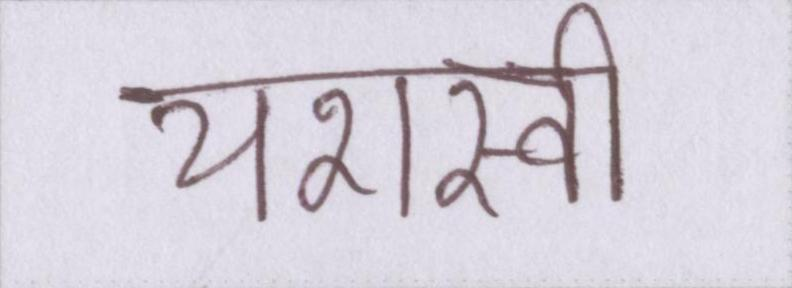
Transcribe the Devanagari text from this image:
यशस्वी